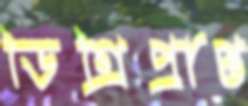
ডিগ্রিপ্রাপ্ত